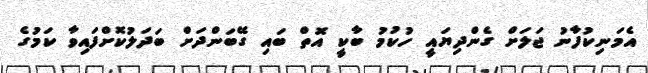
އެމަނިކުފާނު ޖަލަށް ގެންދިޔައީ ހުކުމު ބާކީ އޮތް ބައި ގޭބަންދަށް ބަދަލުކޮށްފައިވާ ކަމުގެ